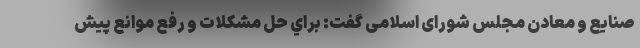
صنايع و معادن مجلس شورای اسلامی گفت: براي حل مشكلات و رفع موانع پيش